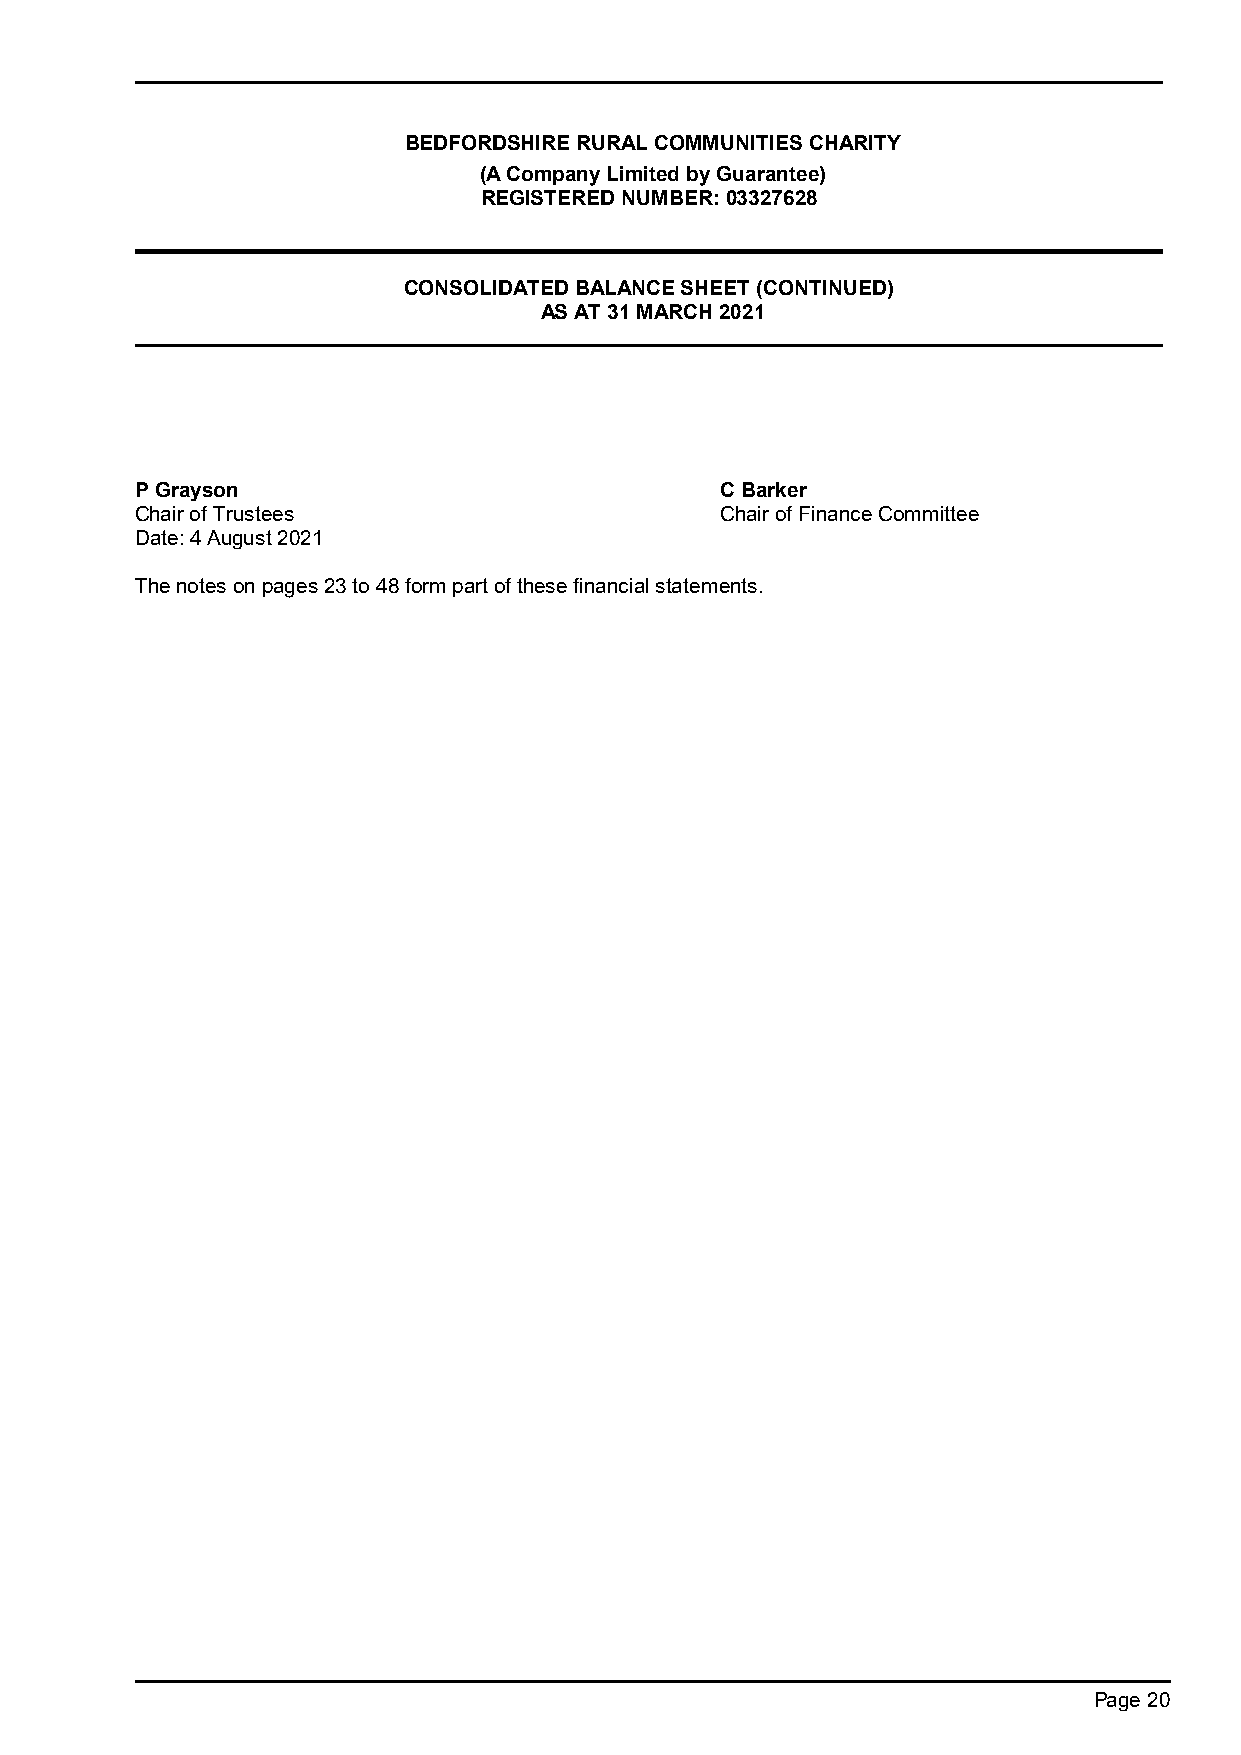
BEDFORDSHIRE RURAL COMMUNITIES CHARITY
 (A Company Limited by Guarantee)
 REGISTERED NUMBER: 03327628
 CONSOLIDATED BALANCE SHEET (CONTINUED)
 AS AT 31 MARCH 2021
 P Grayson                              C Barker
 Chair of Trustees                      Chair of Finance Committee
 Date: 4 August 2021
 The notes on pages 23 to 48 form part of these financial statements.
 Page 20